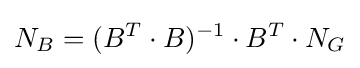
N_{B}=(B^{T}\cdot B)^{-1}\cdot B^{T}\cdot N_{G}